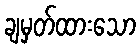
ချမှတ်ထားသော